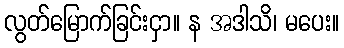
လွတ်မြောက်ခြင်းငှာ။ န အဒါသိ၊ မပေး။